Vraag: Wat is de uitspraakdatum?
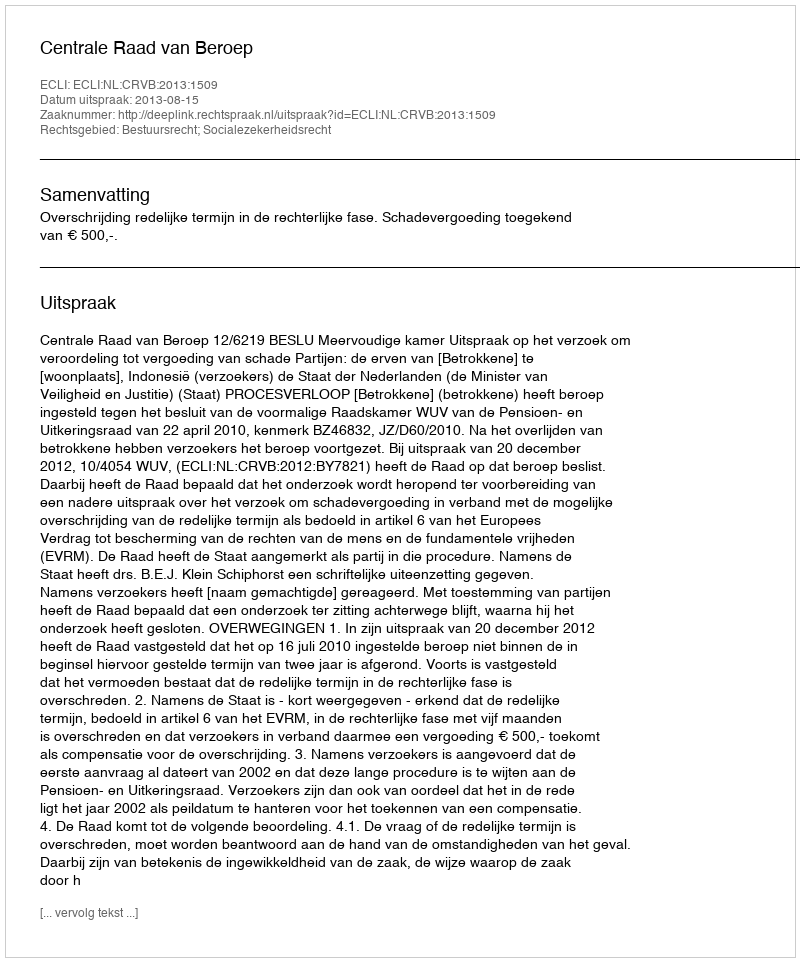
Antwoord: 2013-08-15